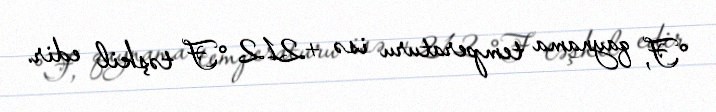
°F, qaynama temperaturu isə +212 °F təşkil edir.